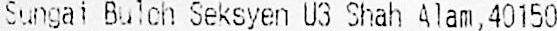
SUNGAI BULOH SEKSYEN U3 SHAH ALAM,40150